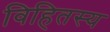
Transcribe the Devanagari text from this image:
विहितस्य